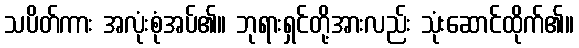
သပိတ်ကား အလုံးစုံအပ်၏။ ဘုရားရှင်တို့အားလည်း သုံးဆောင်ထိုက်၏။